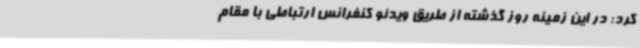
کرد: در این زمینه روز گذشته از طریق ویدئو کنفرانس ارتباطی با مقام